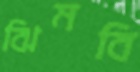
ঝিমবি